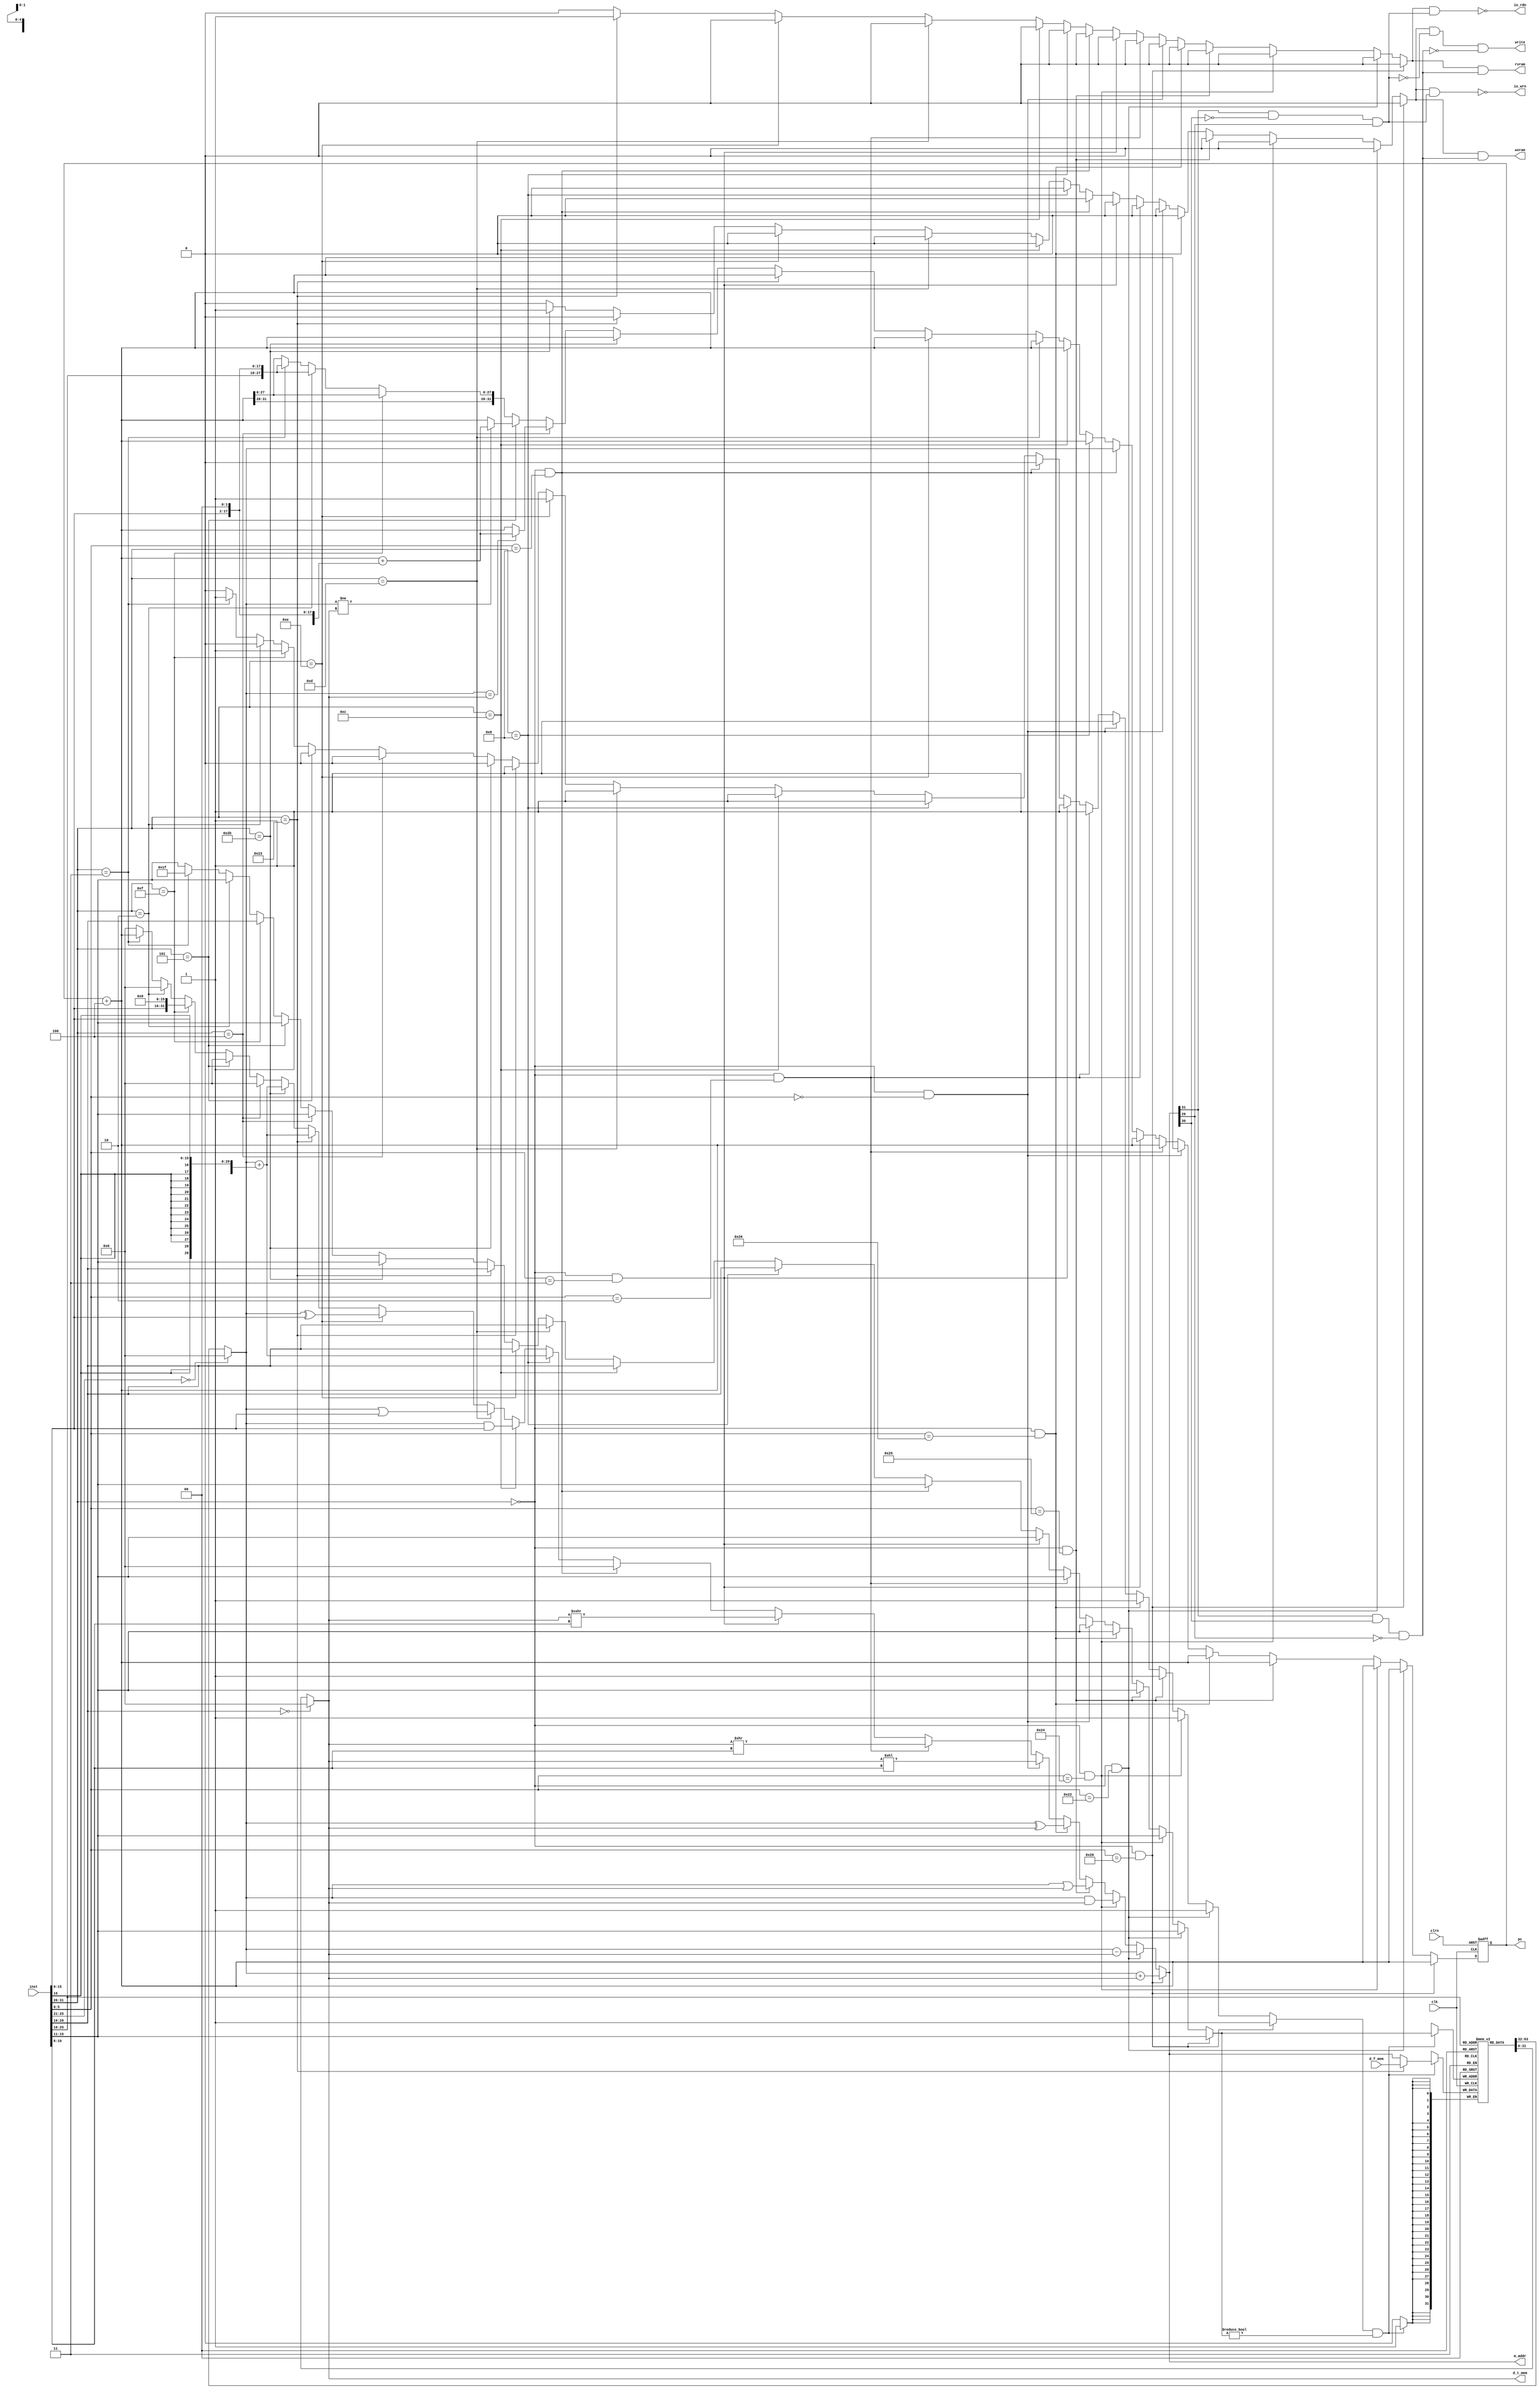
/************************************************
  The Verilog HDL code example is from the book
  Computer Principles and Design in Verilog HDL
  by Yamin Li, published by A JOHN WILEY & SONS
************************************************/
module single_cycle_cpu_io (clk,clrn,pc,inst,m_addr,d_f_mem,d_t_mem,write,
                            io_rdn,io_wrn,rvram,wvram); // cpu kbd i/o
    input  clk, clrn;                                   // clock and reset
    input  [31:0] inst;                                 // instruction
    input  [31:0] d_f_mem;                              // load data
    output [31:0] pc;                                   // program counter
    output [31:0] m_addr;                               // mem or i/o addr
    output [31:0] d_t_mem;                              // store data
    output        write;                                // data memory write
    output        wvram;                                // vram write
    output        rvram;                                // vram read
    output        io_wrn;                               // i/o write
    output        io_rdn;                               // i/o read
    // control signals
    reg           wreg;                                 // write regfile
    reg           wmem,rmem;                            // write/read memory
    reg    [31:0] alu_out;                              // alu output
    reg     [4:0] dest_rn;                              // dest reg number
    reg    [31:0] next_pc;                              // next pc
    wire   [31:0] pc_plus_4 = pc + 4;                   // pc + 4
    // instruction format
    wire  [05:00] opcode = inst[31:26];
    wire  [04:00] rs     = inst[25:21];
    wire  [04:00] rt     = inst[20:16];
    wire  [04:00] rd     = inst[15:11];
    wire  [04:00] sa     = inst[10:06];
    wire  [05:00] func   = inst[05:00];
    wire  [15:00] imm    = inst[15:00];
    wire  [25:00] addr   = inst[25:00];
    wire          sign   = inst[15];
    wire  [31:00] offset = {{14{sign}},imm,2'b00};
    wire  [31:00] j_addr = {pc_plus_4[31:28],addr,2'b00};
    // instruction decode
    wire i_add  = (opcode == 6'h00) & (func == 6'h20);  // add
    wire i_sub  = (opcode == 6'h00) & (func == 6'h22);  // sub
    wire i_and  = (opcode == 6'h00) & (func == 6'h24);  // and
    wire i_or   = (opcode == 6'h00) & (func == 6'h25);  // or
    wire i_xor  = (opcode == 6'h00) & (func == 6'h26);  // xor
    wire i_sll  = (opcode == 6'h00) & (func == 6'h00);  // sll
    wire i_srl  = (opcode == 6'h00) & (func == 6'h02);  // srl
    wire i_sra  = (opcode == 6'h00) & (func == 6'h03);  // sra
    wire i_jr   = (opcode == 6'h00) & (func == 6'h08);  // jr
    wire i_addi = (opcode == 6'h08);                    // addi
    wire i_andi = (opcode == 6'h0c);                    // andi
    wire i_ori  = (opcode == 6'h0d);                    // ori
    wire i_xori = (opcode == 6'h0e);                    // xori
    wire i_lw   = (opcode == 6'h23);                    // lw
    wire i_sw   = (opcode == 6'h2b);                    // sw
    wire i_beq  = (opcode == 6'h04);                    // beq
    wire i_bne  = (opcode == 6'h05);                    // bne
    wire i_lui  = (opcode == 6'h0f);                    // lui
    wire i_j    = (opcode == 6'h02);                    // j
    wire i_jal  = (opcode == 6'h03);                    // jal
    // pc
    reg [31:0] pc;
    always @ (posedge clk or negedge clrn) begin
        if (!clrn) pc <= 0;
        else         pc <= next_pc;
    end
    // data written to register file
    wire   [31:0] data_2_rf = i_lw ? d_f_mem : alu_out;
    // register file
    reg    [31:0] regfile [1:31];                       // $1 - $31
    wire   [31:0] a = (rs==0) ? 0 : regfile[rs];        // read port
    wire   [31:0] b = (rt==0) ? 0 : regfile[rt];        // read port
    always @ (posedge clk) begin
        if (wreg && (dest_rn != 0)) begin
            regfile[dest_rn] <= data_2_rf;              // write port
        end
    end
    wire  io_space = alu_out[31] &                      // i/o space:
                    ~alu_out[30] &                      // a0000000-bfffffff
                     alu_out[29];
    wire  vr_space = alu_out[31] &                      // vram space:
                     alu_out[30] &                      // c0000000-dfffffff
                    ~alu_out[29];
    // output signals
    assign write   =   wmem & ~io_space & ~vr_space;    // data memory write
    assign d_t_mem =   b;                               // data to store
    assign m_addr  =   alu_out;                         // memory address
    assign io_rdn  = ~(rmem & io_space);                // i/o read
    assign io_wrn  = ~(wmem & io_space);                // i/o write
    assign wvram   =   wmem & vr_space;                 // video ram write
    assign rvram   =   rmem & vr_space;                 // video ram read
    // control signals, will be combinational circuit
    always @(*) begin
        alu_out = 0;                                    // alu output
        dest_rn = rd;                                   // dest reg number
        wreg    = 0;                                    // write regfile
        wmem    = 0;                                    // write memory (sw)
        rmem    = 0;                                    // read  memory (lw)
        next_pc = pc_plus_4;
        case (1'b1)
            i_add: begin                                // add
                alu_out = a + b;
                wreg    = 1; end
            i_sub: begin                                // sub
                alu_out = a - b;
                wreg    = 1; end
            i_and: begin                                // and
                alu_out = a & b;
                wreg    = 1; end
            i_or: begin                                 // or
                alu_out = a | b;
                wreg    = 1; end
            i_xor: begin                                // xor
                alu_out = a ^ b;
                wreg    = 1; end
            i_sll: begin                                // sll
                alu_out = b << sa;
                wreg    = 1; end
            i_srl: begin                                // srl
                alu_out = b >> sa;
                wreg    = 1; end
            i_sra: begin                                // sra
                alu_out = $signed(b) >>> sa;
                wreg    = 1; end
            i_jr: begin                                 // jr
                next_pc = a; end
            i_addi: begin                               // addi
                alu_out = a + {{16{sign}},imm};
                dest_rn = rt;
                wreg    = 1; end
            i_andi: begin                               // andi
                alu_out = a & {16'h0,imm};
                dest_rn = rt;
                wreg    = 1; end
            i_ori: begin                                // ori
                alu_out = a | {16'h0,imm};
                dest_rn = rt;
                wreg    = 1; end
            i_xori: begin                               // xori
                alu_out = a ^ {16'h0,imm};
                dest_rn = rt;
                wreg    = 1; end
            i_lw: begin                                 // lw
                alu_out = a + {{16{sign}},imm};
                dest_rn = rt;
                rmem    = 1;
                wreg    = 1; end
            i_sw: begin                                 // sw
                alu_out = a + {{16{sign}},imm};
                wmem    = 1; end
            i_beq: begin                                // beq
                if (a == b) 
                  next_pc = pc_plus_4 + offset; end
            i_bne: begin                                // bne
                if (a != b) 
                  next_pc = pc_plus_4 + offset; end
            i_lui: begin                                // lui
                alu_out = {imm,16'h0};
                dest_rn = rt;
                wreg    = 1; end
            i_j: begin                                  // j
                next_pc = j_addr; end
            i_jal: begin                                // jal
                alu_out = pc_plus_4;
                wreg    = 1;
                dest_rn = 5'd31;
                next_pc = j_addr; end
            default: ;
        endcase
    end
endmodule